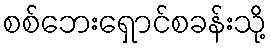
စစ်ဘေးရှောင်စခန်းသို့